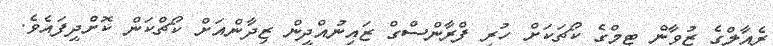
ރެއާލްގެ ޒުވާން ޓީމްގެ ކޯޗަކަށް ހުރި ފްރާންސްގް ޒައިނުއްދީން ޒިދާންއަށް ކޯޗްކަން ކޮށްދީފައެވެ.